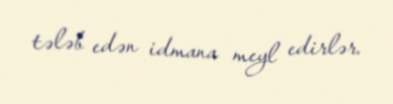
tələb edən idmana meyl edirlər.